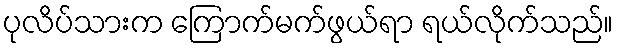
ပုလိပ်သားက ကြောက်မက်ဖွယ်ရာ ရယ်လိုက်သည်။